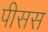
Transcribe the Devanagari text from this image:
पीसस